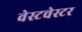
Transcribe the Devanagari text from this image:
वेस्‍टचेस्‍टर